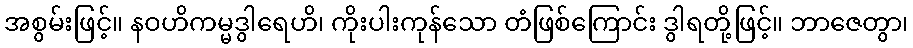
အစွမ်းဖြင့်။ နဝဟိကမ္မဒွါရေဟိ၊ ကိုးပါးကုန်သော တံဖြစ်ကြောင်း ဒွါရတို့ဖြင့်။ ဘာဇေတွာ၊